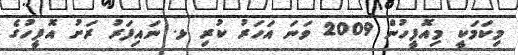
މިކަމަކީ މިއޮފީހުން 2009 ވަނަ އަހަރު ކުރި ޅ. ނައިފަރު ރަށު އޮފީހުގެ